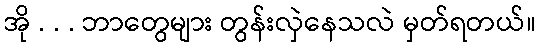
အို . . . ဘာတွေများ တွန်းလှဲနေသလဲ မှတ်ရတယ်။